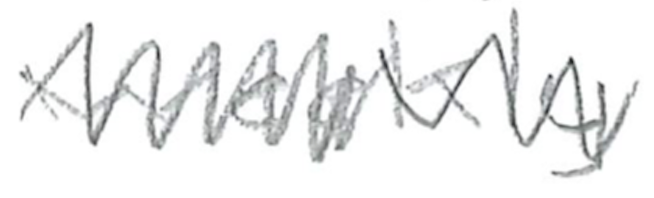
Text: weekly
Cross-out: zig-zag
Writing tool: pencil